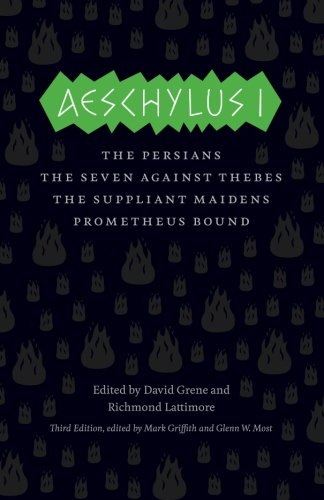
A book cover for Aeschylus I: The Persians, The Seven Against Thebes, The Suppliant Maidens, Prometheus Bound (The Complete Greek Tragedies); Aeschylus; Literature & Fiction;